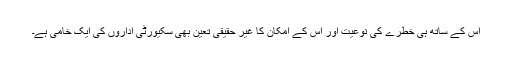
اس کے ساتھ ہی خطرے کی نوعیت اور اس کے امکان کا غیر حقیقی تعین بھی سکیورٹی اداروں کی ایک خامی ہے۔